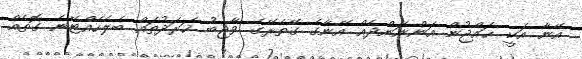
އޭނާ އަކީ ޙައްޖުން އަންނަންދެއް އޭނާގެ ގޭތެރޭގެ ވާޖިބު ޚަރަދުތައް ބެލެހެއްޓޭނެ ގޮތެއް